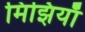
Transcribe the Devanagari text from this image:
मिझियाँ